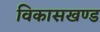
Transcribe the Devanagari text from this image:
विकासखण्‍ड